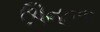
ઊનાળા